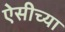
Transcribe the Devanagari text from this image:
ऐसीच्या